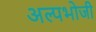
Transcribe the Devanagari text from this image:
अल्पभोजी